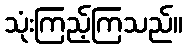
သုံးကြည့်ကြသည်။